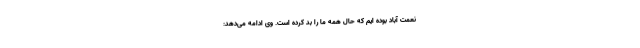
نعمت آباد بوده ایم که حال همه ما را بد کرده است. وی ادامه می‌دهد: